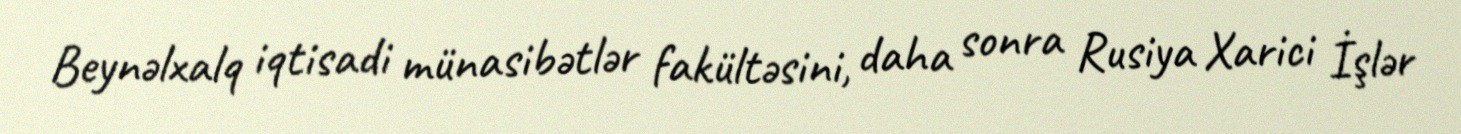
Beynəlxalq iqtisadi münasibətlər fakültəsini, daha sonra Rusiya Xarici İşlər